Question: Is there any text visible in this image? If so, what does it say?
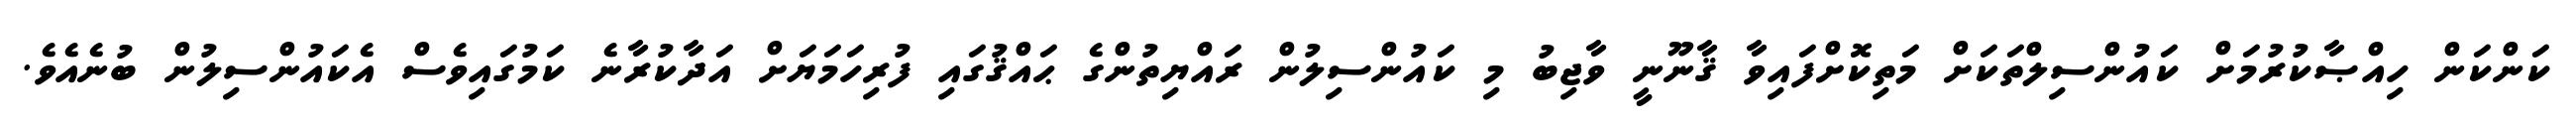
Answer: ކަންކަން ހިއްޞާކުރުމަށް ކައުންސިލްތަކަށް މަތިކޮށްފައިވާ ޤާނޫނީ ވާޖިބު މި ކައުންސިލުން ރައްޔިތުންގެ ޙައްޤުގައި ފުރިހަމަޔަށް އަދާކުރާނެ ކަމުގައިވެސް އެކައުންސިލުން ބުނެއެވެ.